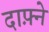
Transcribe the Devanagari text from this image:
दाफ़्ने